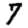
Digit: 7